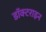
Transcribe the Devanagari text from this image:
डॉक्टराइन